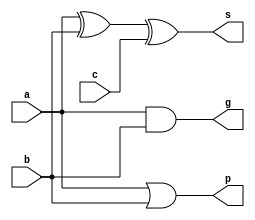
module ADD(
	input a,b,c,
	output g,p,s
	);

	assign s = a ^ b ^ c;
	assign g = a & b;
	assign p = a | b;

endmodule